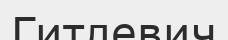
Гитлевич